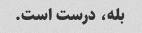
بله، درست است.